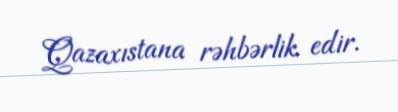
Qazaxıstana rəhbərlik edir.